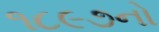
૧૮૯૭નો